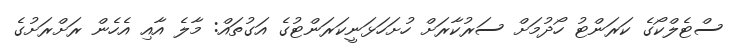
ސްޓެލްކޯގެ ކަރަންޓު ހޯދުމަށް ސަރުކާރަށް ހުށަހަޅަނީކަރަންޓުގެ އަގުތައް: މާލެ އާއި އެހެން ރަށްރަށުގެ